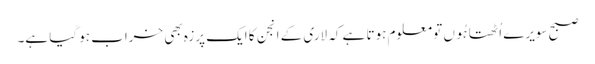
صبح سویرے اُٹھتا ہُوں تو معلوم ہوتا ہے کہ لاری کے انجن کا ایک پرزہ بھی خراب ہو گیا ہے۔